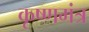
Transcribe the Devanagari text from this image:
कृष्णमंत्र